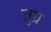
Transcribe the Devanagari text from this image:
तुग्र